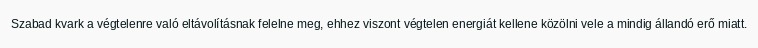
Szabad kvark a végtelenre való eltávolításnak felelne meg, ehhez viszont végtelen energiát kellene közölni vele a mindig állandó erő miatt.